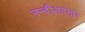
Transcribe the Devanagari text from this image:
नन्दीअवतार